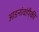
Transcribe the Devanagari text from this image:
आडनांवांपैकी